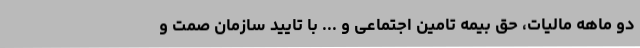
دو ماهه مالیات، حق بیمه تامین اجتماعی و ... با تایید سازمان صمت و